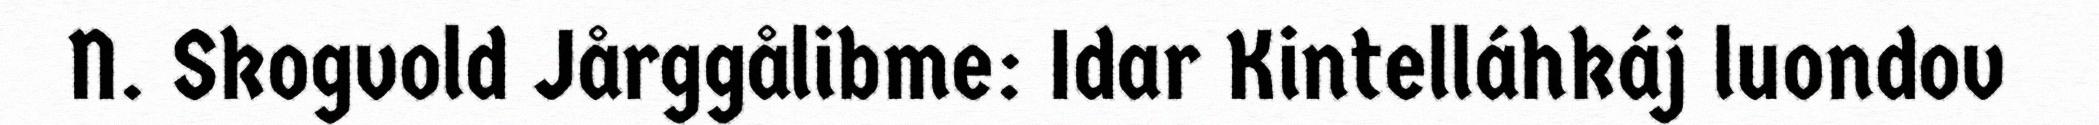
N. Skogvold Jårggålibme: Idar Kintelláhkáj luondov